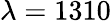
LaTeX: \lambda=1310